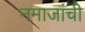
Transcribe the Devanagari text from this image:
नमाजांची